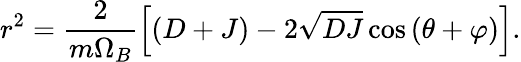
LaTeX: r^{2}=\frac{2}{m\Omega_{B}}\left[\left(D+J\right)-2\sqrt{DJ}\cos\left(\theta+\varphi\right)\right].